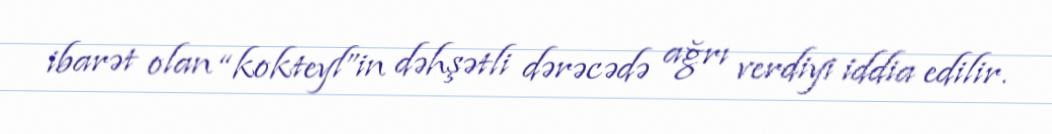
ibarət olan “kokteyl”in dəhşətli dərəcədə ağrı verdiyi iddia edilir.